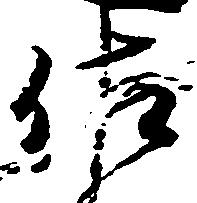
佐